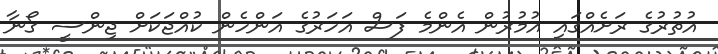
އުތުރުގެ ރަށެއްގައި އުމުރުން އެންމެ ފަސް އަހަރުގެ އަންހެން ކުއްޖަކަށް ޖިންސީ ގޯނާ